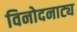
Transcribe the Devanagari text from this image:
विनोदनाट्य